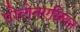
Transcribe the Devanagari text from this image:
पोलेनएसियन